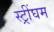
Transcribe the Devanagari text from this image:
स्ट्रींघम